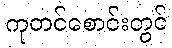
ကုတင်စောင်းတွင်